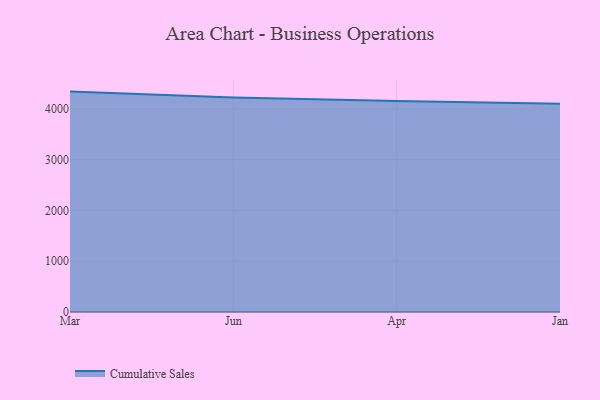
{"axis": {"x": "Month", "y": "Website Visitors"}, "legend": ["Cumulative Sales"], "data": [{"x": "Mar", "y": 4339.8, "type": "Cumulative Sales"}, {"x": "Jun", "y": 4224.0, "type": "Cumulative Sales"}, {"x": "Apr", "y": 4156.2, "type": "Cumulative Sales"}, {"x": "Jan", "y": 4102.1, "type": "Cumulative Sales"}]}